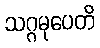
သဂ္ဂမုပေတိ